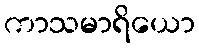
ကာသမာရိယော